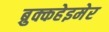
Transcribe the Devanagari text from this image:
ब्रुक्कहेइमेर